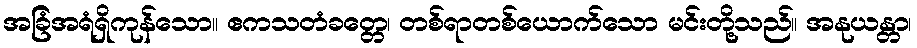
အခြံအရံရှိကုန်သော။ ဧကသတံခတ္တေ၊ တစ်ရာတစ်ယောက်သော မင်းတို့သည်။ အနုယန္တာ၊